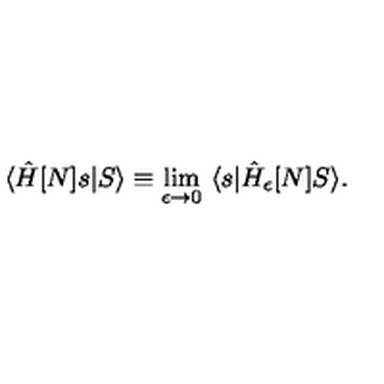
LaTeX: \langle \hat { H } [ N ] s | S \rangle \equiv \lim _ { \epsilon \to 0 } \ \langle s | \hat { H } _ { \epsilon } [ N ] S \rangle .